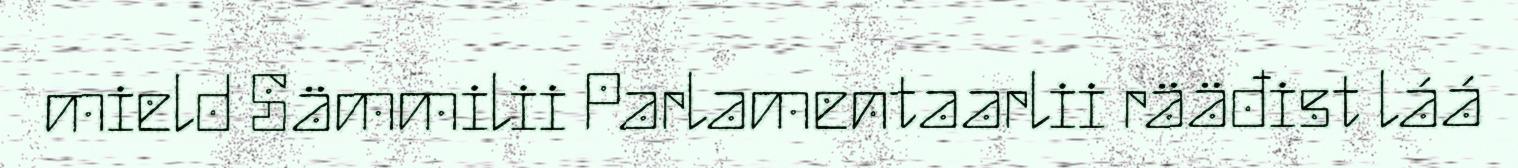
mield Sämmilii Parlamentaarlii rääđist láá